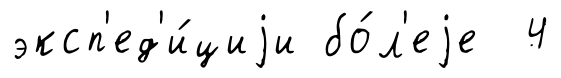
эксп'ед'и́циjи бо́л'еjе 4